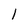
Character: I